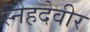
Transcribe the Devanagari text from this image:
स्नेहदेवीर